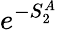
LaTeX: e^{-S_{2}^{A}}